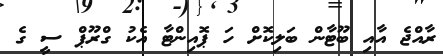
ރާއްޖެ އާއި ބޫޓާން ބަލިކޮށް ހަ ޕޮއިންޓާ އެކު ގްރޫޕް ސީ ގެ